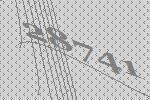
28741